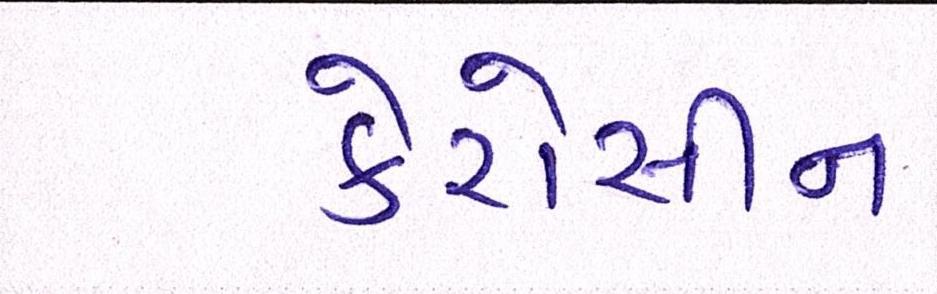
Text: કેરોસીન